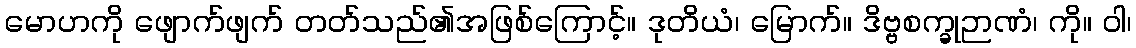
မောဟကို ဖျောက်ဖျက် တတ်သည်၏အဖြစ်ကြောင့်။ ဒုတိယံ၊ မြောက်။ ဒိဗ္ဗစက္ခုဉာဏံ၊ ကို။ ဝါ၊